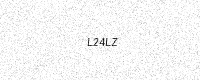
Text: L24LZ